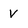
Character: V